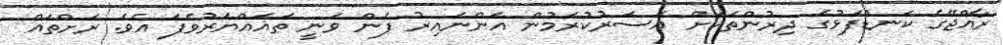
ރާއްޖޭގެ ކަނޑުފަޅުގެ ދިރުންތަކަށް އަސަރުކުރަމުން އަންނައިރު ފެން ވަނީ ތަޣައްޔަރުވެފަ އެވެ. ރަށްތައް